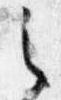
之